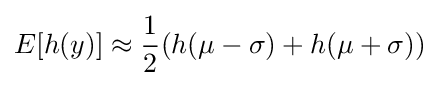
E[h(y)]\approx {\frac {1}{2}}(h(\mu -\sigma )+h(\mu +\sigma ))